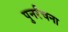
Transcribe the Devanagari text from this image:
पुनर्रंचना